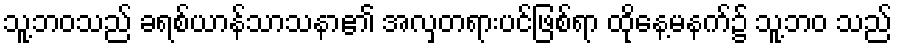
သူ့ဘဝသည် ခရစ်ယာန်သာသနာ၏ အလှတရားပင်ဖြစ်ရာ ထိုနေ့မနက်၌ သူ့ဘဝ သည်